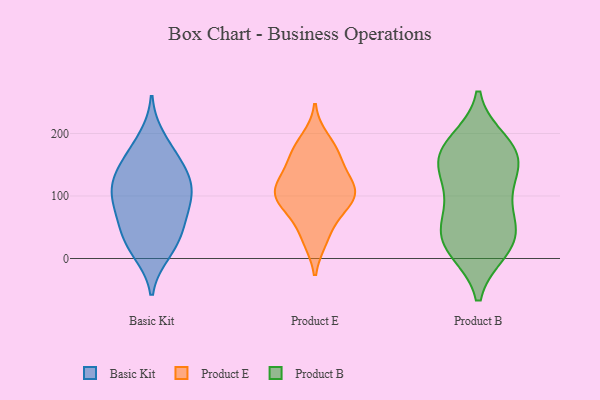
{"axis": {"x": "Budget (USD K)", "y": "Value"}, "legend": ["Basic Kit", "Product B", "Product E"], "data": [{"x": "", "y": 27, "type": "Basic Kit"}, {"x": "", "y": 143, "type": "Basic Kit"}, {"x": "", "y": 108, "type": "Basic Kit"}, {"x": "", "y": 156, "type": "Basic Kit"}, {"x": "", "y": 66, "type": "Basic Kit"}, {"x": "", "y": 192, "type": "Basic Kit"}, {"x": "", "y": 65, "type": "Basic Kit"}, {"x": "", "y": 119, "type": "Basic Kit"}, {"x": "", "y": 10, "type": "Basic Kit"}, {"x": "", "y": 163, "type": "Basic Kit"}, {"x": "", "y": 114, "type": "Basic Kit"}, {"x": "", "y": 94, "type": "Basic Kit"}, {"x": "", "y": 53, "type": "Basic Kit"}, {"x": "", "y": 19, "type": "Basic Kit"}, {"x": "", "y": 109, "type": "Basic Kit"}, {"x": "", "y": 160, "type": "Product E"}, {"x": "", "y": 191, "type": "Product E"}, {"x": "", "y": 105, "type": "Product E"}, {"x": "", "y": 167, "type": "Product E"}, {"x": "", "y": 101, "type": "Product E"}, {"x": "", "y": 74, "type": "Product E"}, {"x": "", "y": 115, "type": "Product E"}, {"x": "", "y": 69, "type": "Product E"}, {"x": "", "y": 31, "type": "Product E"}, {"x": "", "y": 126, "type": "Product E"}, {"x": "", "y": 178, "type": "Product E"}, {"x": "", "y": 113, "type": "Product E"}, {"x": "", "y": 151, "type": "Product E"}, {"x": "", "y": 113, "type": "Product E"}, {"x": "", "y": 93, "type": "Product E"}, {"x": "", "y": 30, "type": "Product E"}, {"x": "", "y": 93, "type": "Product E"}, {"x": "", "y": 185, "type": "Product B"}, {"x": "", "y": 15, "type": "Product B"}, {"x": "", "y": 165, "type": "Product B"}, {"x": "", "y": 165, "type": "Product B"}, {"x": "", "y": 35, "type": "Product B"}, {"x": "", "y": 18, "type": "Product B"}, {"x": "", "y": 74, "type": "Product B"}, {"x": "", "y": 164, "type": "Product B"}, {"x": "", "y": 53, "type": "Product B"}, {"x": "", "y": 113, "type": "Product B"}, {"x": "", "y": 164, "type": "Product B"}, {"x": "", "y": 31, "type": "Product B"}, {"x": "", "y": 119, "type": "Product B"}]}